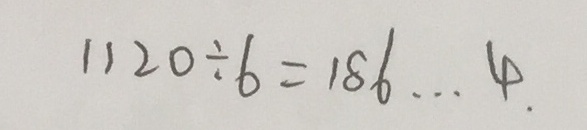
1 1 2 0 \div 6 = 1 8 6 \cdots 4 .